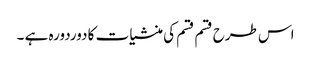
اس طرح قسم قسم کی منشیات کا دوردورہ ہے ۔